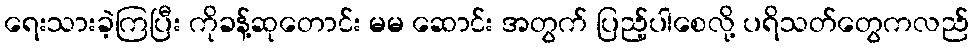
ရေးသားခဲ့ကြပြီး ကိုခန့်ဆုတောင်း မမ ဆောင်း အတွက် ပြည့်ပါစေလို့ ပရိသတ်တွေကလည်